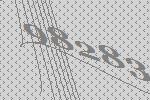
98283